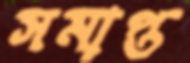
সমাপ্ত